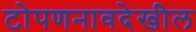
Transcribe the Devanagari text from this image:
टोपणनावदेखील